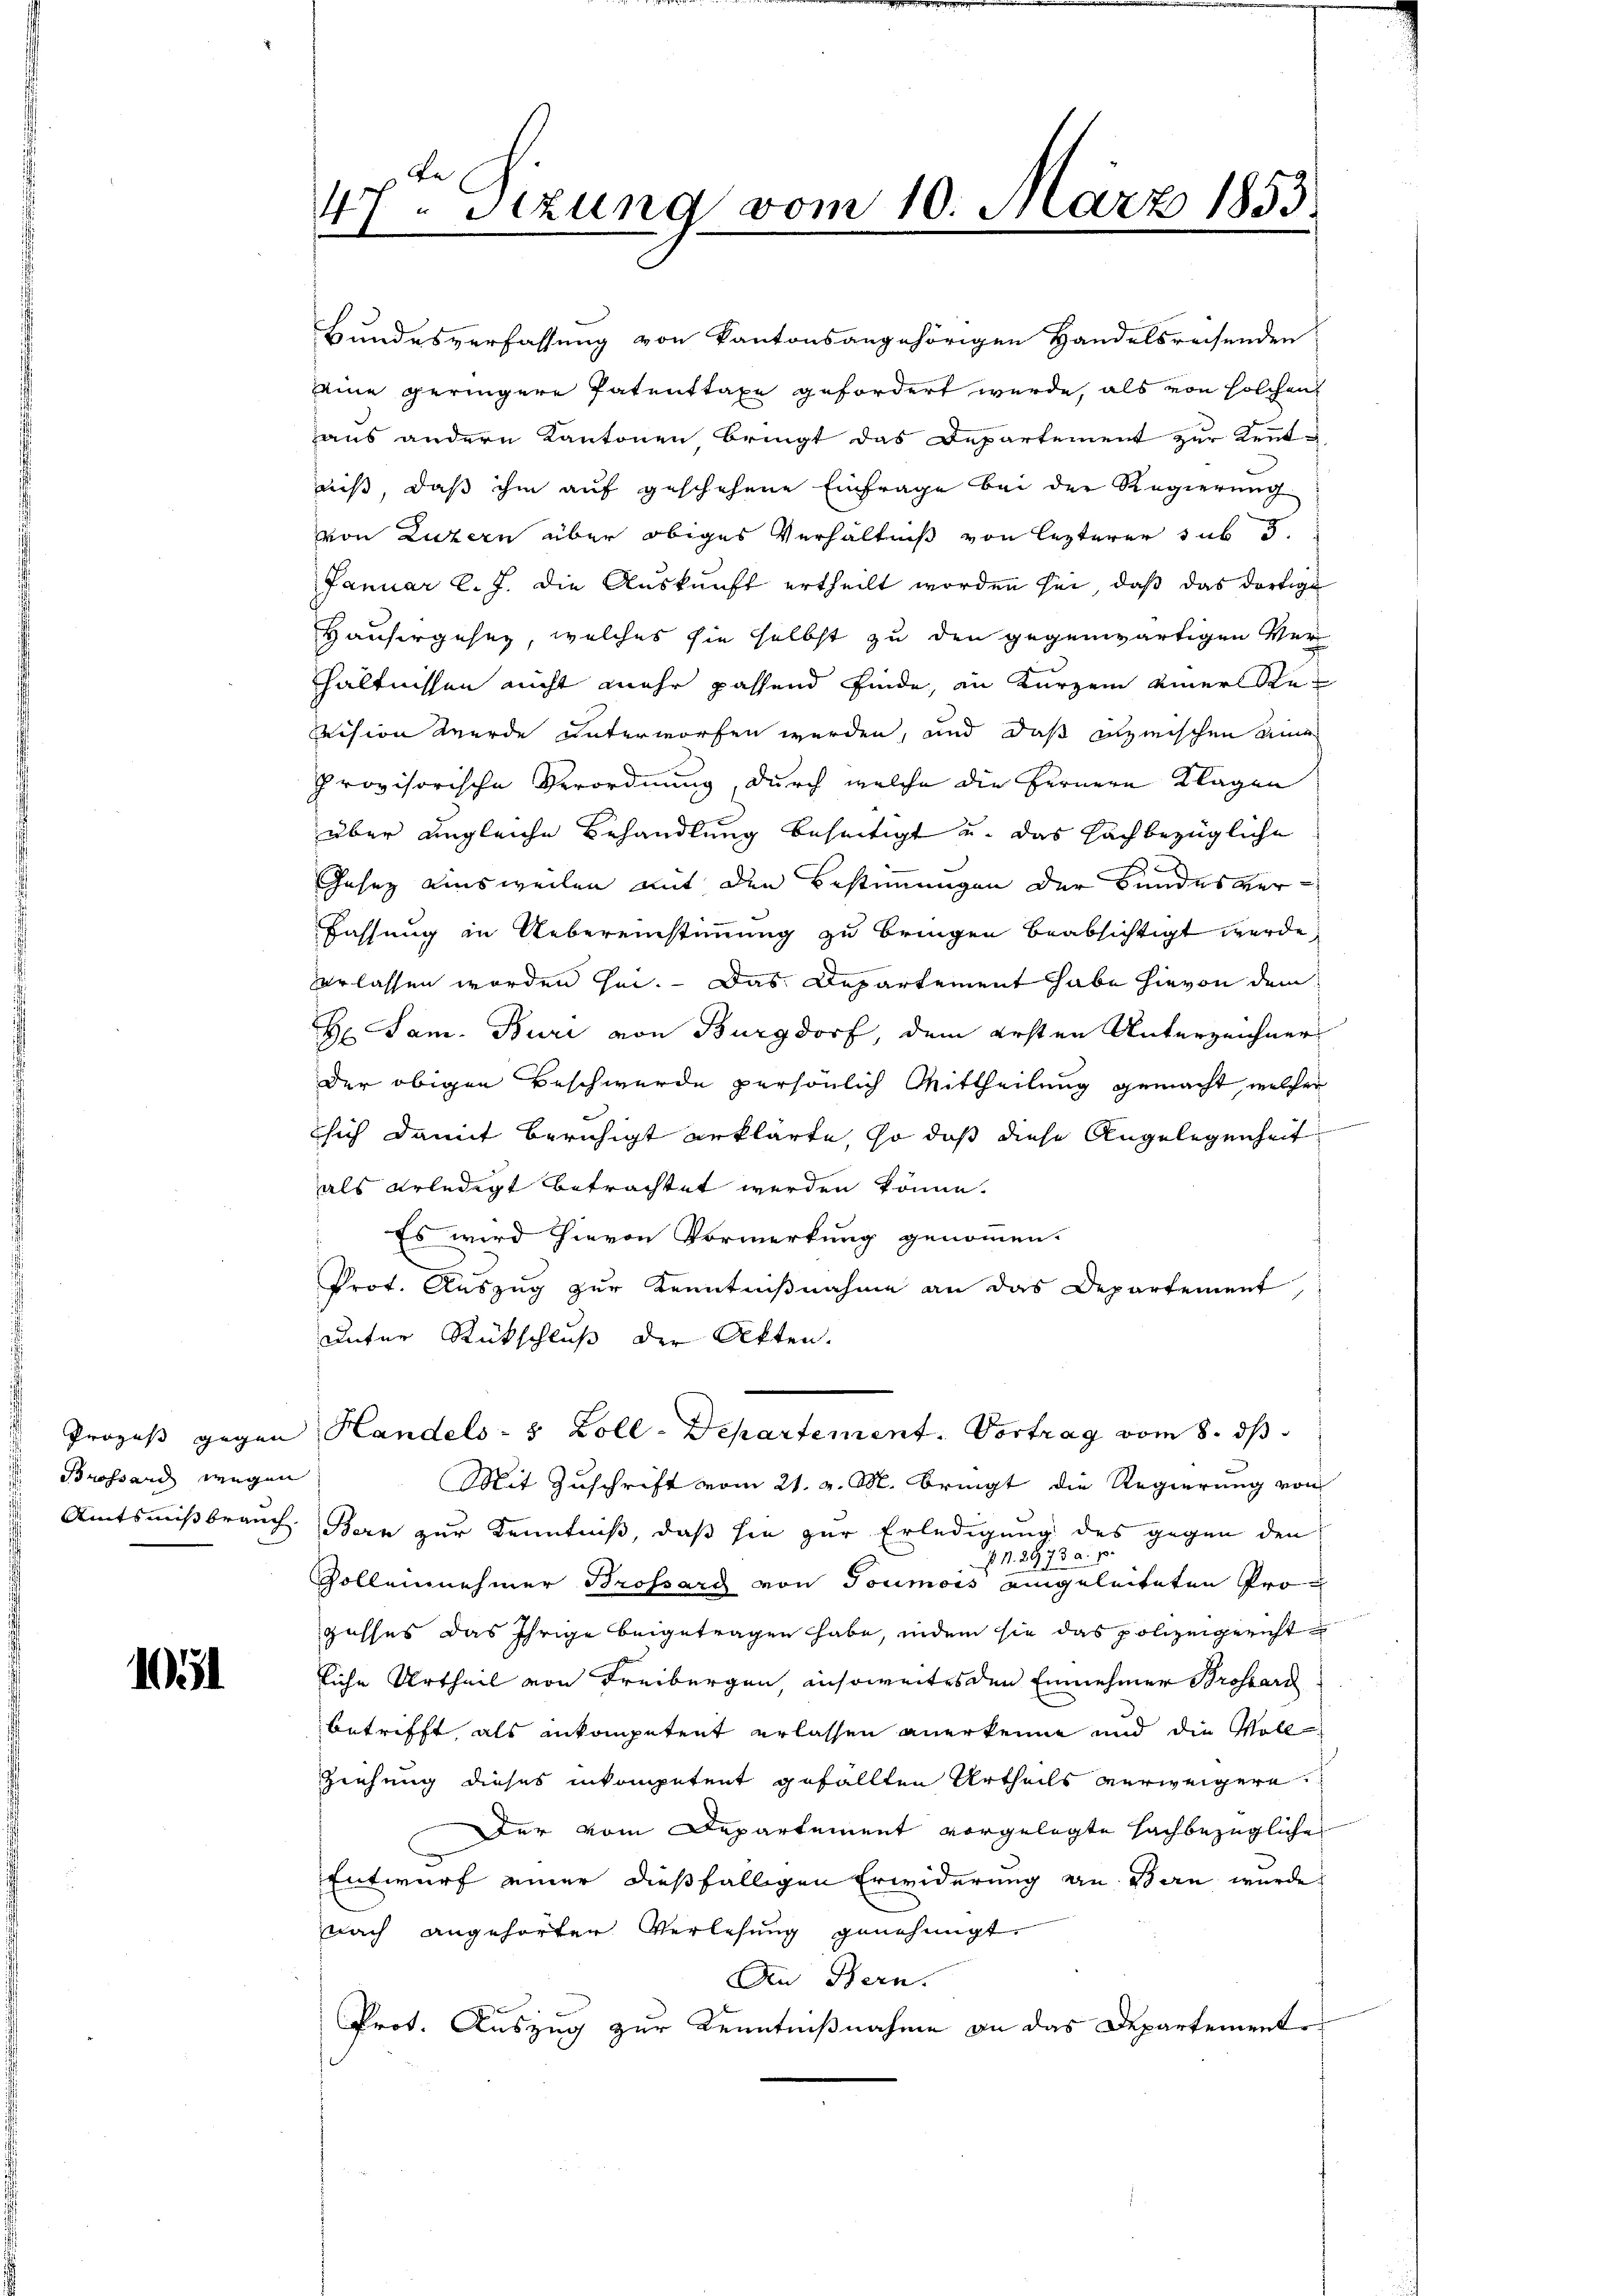
Brossard wegen
Amtsmißbrauch

105

de
.
Stzung vom 10. März 1853.
1

haus andern Kantonen bringt das Departement zur Kennt-
niß, daß ihm auf geschehene Einfrage bei der Regierung
von Luzern über obiges Verhältniß von lezterer sub 3
Januar l. J. die Auskunft ertheilt worden sei, daß das dortige
Hausergesez, welches sie selbst zu den gegenwärtigen Ver-
hältnissen nicht mehr passend finde, in Kurzem einerstesvision werde unterworfen werden, und daß inzwischen eine
Provisorische Verordnung, durch welche die Fernere Klagen
über ungleiche Behandlung beseitigt u. das Nachbezügliche
Gesetz einsweilen mit den Bestimmungen der Bundesver¬
Fassung in Uebereinstimmung zu bringen beabsichtigt werde.
verlassen worden sei. Das Departement habe hievon dem
H Sam. Buri von Burgdorf, dem ersten Unterzeichner
der obigen Beschwerde persönlich Mittheilung gemacht, welcher
sich damit beruhigt erklärte, so daß diese Angelegenheit
als erledigt betrachtet werden könne.
Es wird hievon Vormerkung genommen.
Prot. Auszug zur Kenntnißnahme an das Departement
unter Rückschluß der Akten.
Prozeß gegen Handels- & Zoll-Departement. Vortrag vom 8. ds.
Mit Zuschrift vom 21. v. M. bringt die Regierung von
Bern zur Kenntniß, daß sie zur Erledigung des gegen den
 N. 2973 a. 15.
Zolleinnehmer Brossard von Toumois eingeleiteten Progusses das ihrige beigetragen habe, indem sie das polizeigericht
liche Urtheil von Freibergen, insoweites den Einnehmer Brossart
betrifft, als ankompetent erlassen anerkenne und die Voll
Ziehung dieses inkompetent gefällten Urtheils verweigere
Der vom Departement vorgelegte sachbezügliche
Entwurf einer dießfälligen Erwiderung an Bern wurde
nach angehörter Verlesung genehmigt.
An Bern.
Prot. Auszug zur Kenntnißnahme an das Departement

Bundesverfassung von Kantonsangehörigen Handelsreisenden
eine geringere Patenttaxe gefordert werde, als von solchen